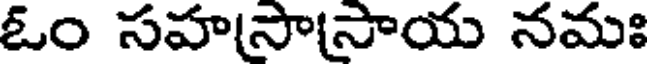
ఓం సహసాసాయ నమః